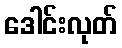
ဒေါင်းလုတ်